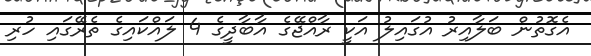
އެގޮތުން ބަލާއިރު އުގައިލު އަކީ ރާއްޖޭގެ އާބާދީގެ 4 ލައްކައިގެ ތެރޭގަައި ހުރި